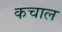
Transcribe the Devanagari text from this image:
कचाल